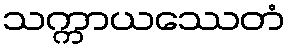
သက္ကာယဿေတံ